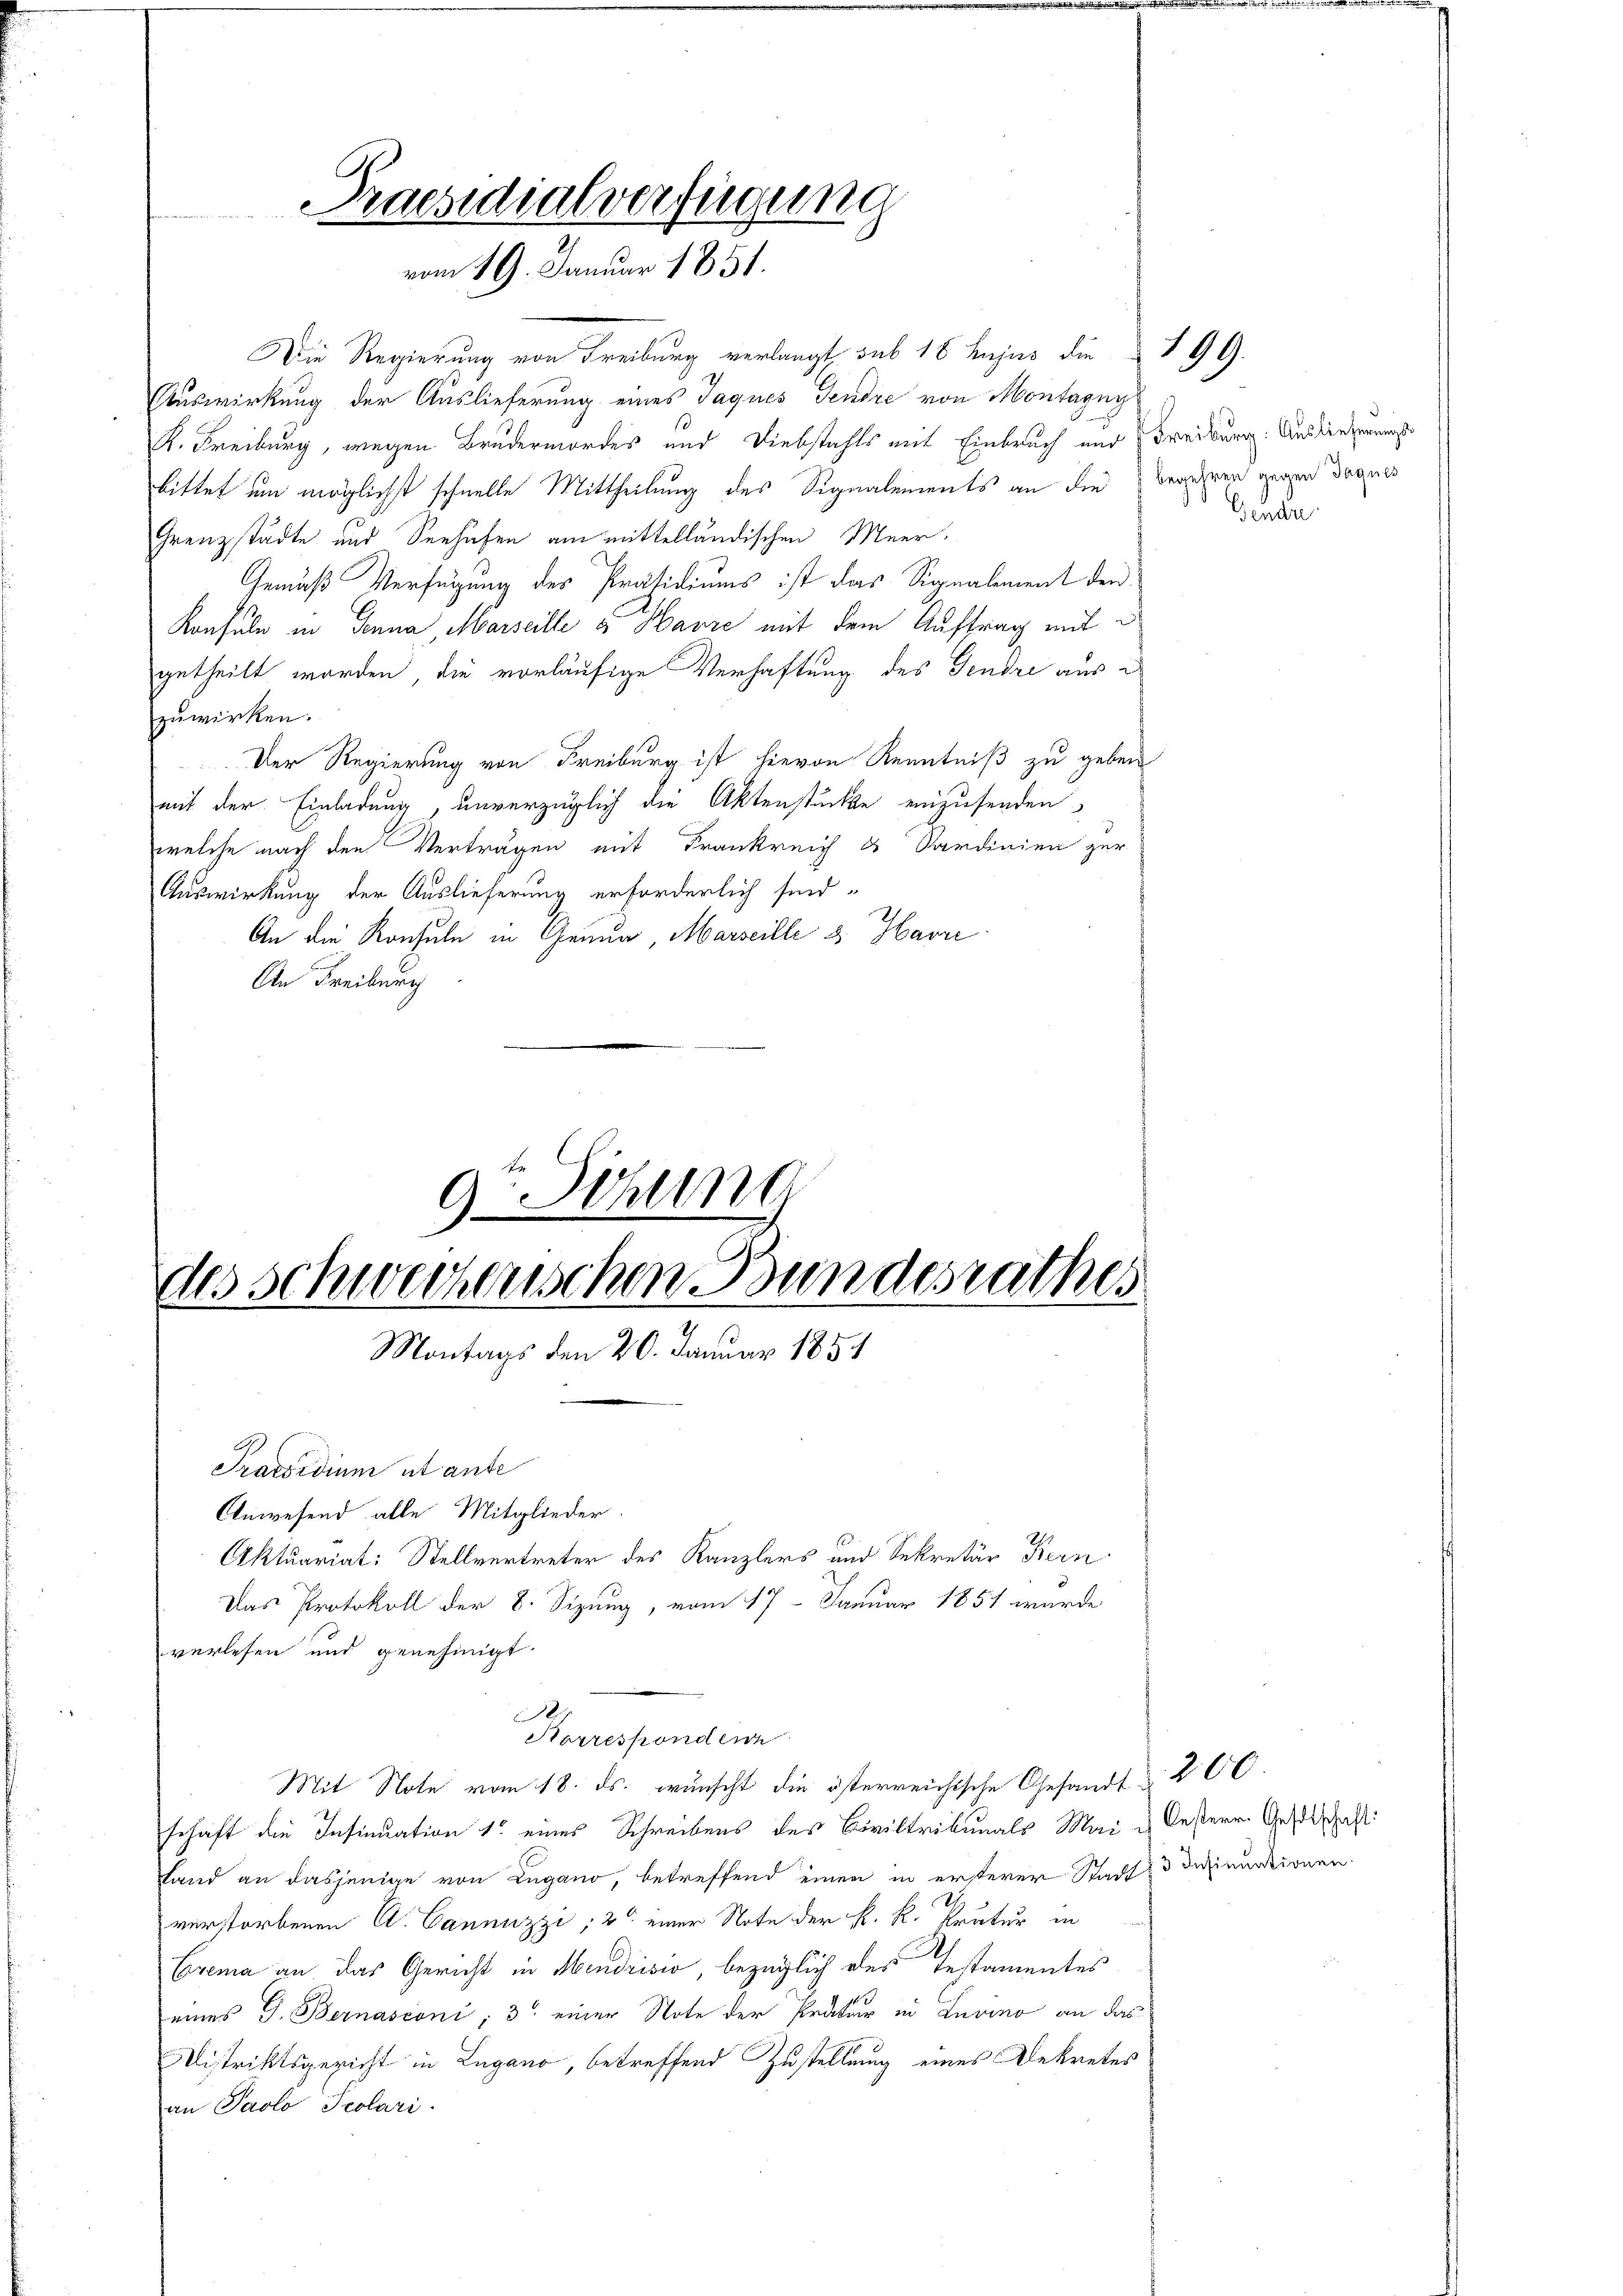
Praesidialverfügung
vom 19. Januar 1851.

Die Regierung von Freiburg verlangt, sub 18 hujus die I 99.
Auswirkung der Auslieferung eines Jaques Tendre von Montagny
K. Freiburg, wegen Brudermordes und Diebstahls mit Einbruch und Freiburg. Aus die vermaß
bittet um möglichst schnelle Mittheilung des Signalements an die Begehren gegen duques
Grenzstädte und Seehafen am mittelländischen Meer¬
Gemäß Verfügung des Präsidiums ist das Signalement den
Konsuln in Sonna Marseille u Hause mit dem Auftrag mit
getheilt worden, die vorläufige Verhaftung des Tendre aus e
zuwirken.
Der Regierung von Freiburg ist hievon Kenntniß zu geben
mit der Einladung, unverzüglich die Aktenstücke einzusenden
welche nach den Verträgen mit Frankreich ds Sardinien zur
Auswirkung der Auslieferung erforderlich sind,
An die Konsuln in Genua, Marseille & Havre
An Freiburg

9-Sitzung
des Schweizerischen Bundesrathes
Montags den 20. Januar 1851

Praesidium ut ante
Anwesend alle Mitglieder.
Aktuariat: Stellvertreter des Kanzlers und Sekretär Bern
Das Protokoll der 8. Sizung, vom 17. Januar 1851 wurde
verlesen und genehmigt.
.
Horresponden
Mit Note vom 18. ds. wünscht die österreichische Gesandt 200.
schaft die Insinuation 1 eines Schreibens des Civiltribunals Mai & Oesterr. Geschest
Land an dasjenige von Lugano, betreffend einen in ersterer Stadt = 3 Insinuationen.
verstorbenen A. Cannuzzi, 20 einer Note der k. k. Prutur in
Crema an das Gericht in Mendrisio, bezüglich des Testamentes
eines G. Bernasconi; 3) einer Note der Pratur in Luino an das
Distriktsgericht in Lugano, betreffend Zustellung eines Dekretes
an Paolo Pcolari

Gendr